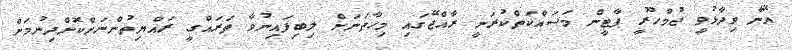
އޭނާ ވިދާޅުވީ ޖުމްހޫރީ ޕާޓީން މަސައްކަތްކުރަނީ ރާއްޖޭގައި މިހާތަނަށް ލިބިފައިނުވާ ތަރައްގީ ރައްޔިތުންނަށްކޮށްދިނުމަށް